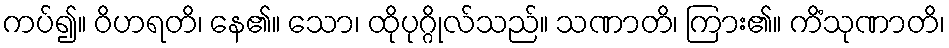
ကပ်၍။ ဝိဟရတိ၊ နေ၏။ သော၊ ထိုပုဂ္ဂိုလ်သည်။ သဏာတိ၊ ကြား၏။ ကိံသုဏာတိ၊